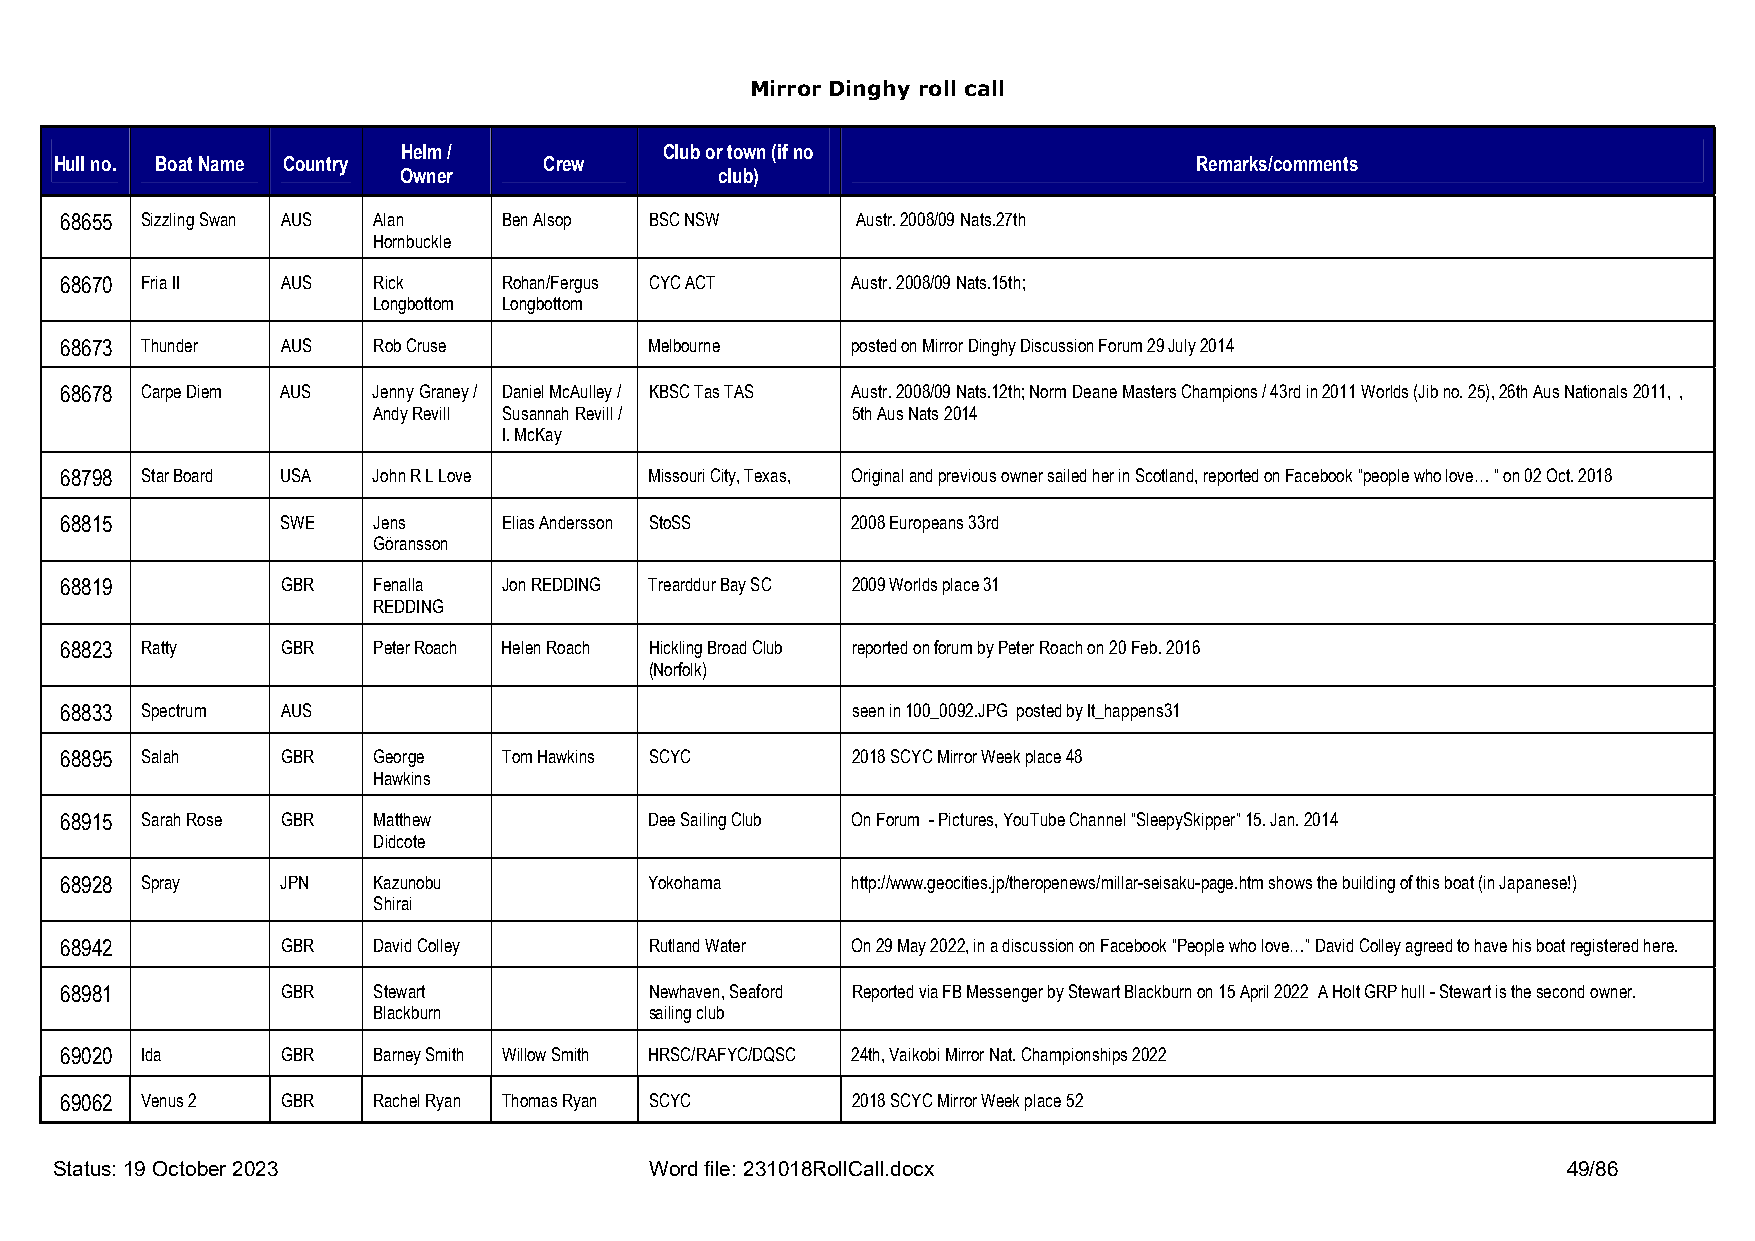
Mirror Dinghy roll call
 Helm /           Club or town (if no
 Hull no. Boat Name Country      Crew                                       Remarks/comments
 Owner                 club)
 68655 Sizzling Swan AUS Alan Ben Alsop BSC NSW       Austr. 2008/09 Nats.27th
 Hornbuckle
 68670 Fria II  AUS   Rick    Rohan/Fergus CYC ACT   Austr. 2008/09 Nats.15th;
 Longbottom Longbottom
 68673 Thunder  AUS   Rob Cruse         Melbourne    posted on Mirror Dinghy Discussion Forum 29 July 2014
 68678 Carpe Diem AUS Jenny Graney / Daniel McAulley / KBSC Tas TAS Austr. 2008/09 Nats.12th; Norm Deane Masters Champions / 43rd in 2011 Worlds (Jib no. 25), 26th Aus Nationals 2011, ,
 Andy Revill Susannah Revill /  5th Aus Nats 2014
 I. McKay
 68798 Star Board USA John R L Love     Missouri City, Texas, Original and previous owner sailed her in Scotland, reported on Facebook “people who love… “ on 02 Oct. 2018
 68815          SWE   Jens    Elias Andersson StoSS  2008 Europeans 33rd
 Göransson
 68819          GBR   Fenalla Jon REDDING Trearddur Bay SC 2009 Worlds place 31
 REDDING
 68823 Ratty    GBR   Peter Roach Helen Roach Hickling Broad Club reported on forum by Peter Roach on 20 Feb. 2016
 (Norfolk)
 68833 Spectrum AUS                                  seen in 100_0092.JPG posted by It_happens31
 68895 Salah    GBR   George  Tom Hawkins SCYC       2018 SCYC Mirror Week place 48
 Hawkins
 68915 Sarah Rose GBR Matthew           Dee Sailing Club On Forum - Pictures, YouTube Channel “SleepySkipper” 15. Jan. 2014
 Didcote
 68928 Spray    JPN   Kazunobu          Yokohama     http://www.geocities.jp/theropenews/millar-seisaku-page.htm shows the building of this boat (in Japanese!)
 Shirai
 68942          GBR   David Colley      Rutland Water On 29 May 2022, in a discussion on Facebook “People who love…” David Colley agreed to have his boat registered here.
 68981          GBR   Stewart           Newhaven, Seaford Reported via FB Messenger by Stewart Blackburn on 15 April 2022 A Holt GRP hull - Stewart is the second owner.
 Blackburn         sailing club
 69020 Ida      GBR   Barney Smith Willow Smith HRSC/RAFYC/DQSC 24th, Vaikobi Mirror Nat. Championships 2022
 69062 Venus 2  GBR   Rachel Ryan Thomas Ryan SCYC   2018 SCYC Mirror Week place 52
 Status: 19 October 2023                Word file: 231018RollCall.docx                               49/86